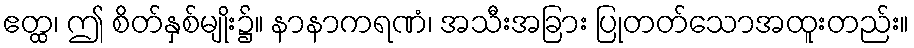
ဧတ္ထ၊ ဤ စိတ်နှစ်မျိုး၌။ နာနာကရဏံ၊ အသီးအခြား ပြုတတ်သောအထူးတည်း။